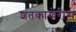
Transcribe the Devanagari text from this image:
शतकाखेरीस